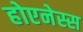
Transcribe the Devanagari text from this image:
होएनेस्स